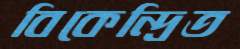
বিকেন্দ্রিত